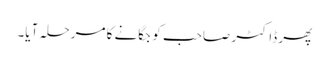
پھر ڈاکٹر صاحب کو جگانے کا مرحلہ آیا۔